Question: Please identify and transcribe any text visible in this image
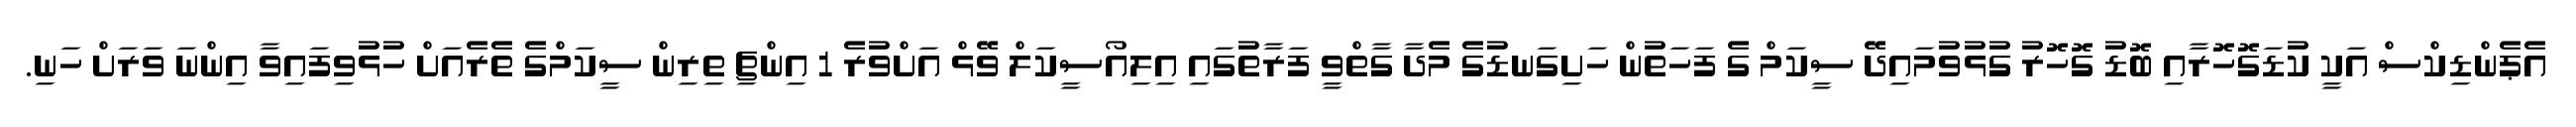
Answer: އެޕެންޑިކްސް އަކީ ކުޑަގޮހޮރާއި ބޮޑު ގޮހޮރު ގުޅުވުމައިދޭ ސީކަމް ގެ ފަހަތުން ހަށިގަނޑުގެ މެދާ ގާތްވީ ފަރާތުގައި އިލިއޯސީކަލް ވޭޅް އަށްވުރެ 1 އިންޗި ތިރިން ސީކަމްގެ ތެރެއަށް ހުޅުވިފައިވާ އިންނަ ވަރަށް ހަނި.